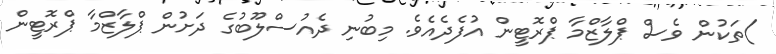
)ތަކުން ވެސް ޕްލާޒްމާ ޕްރޮޓީން އުފެދެއެވެ. މިބުނި ދެއުސްލޫބުގެ ދަށުން ޕްލާޒްމާ ޕްރޮޓީން